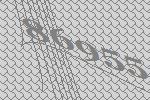
86955